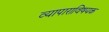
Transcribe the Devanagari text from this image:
व्यापाराविषयक